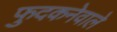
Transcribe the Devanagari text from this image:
फुदकनेवाले